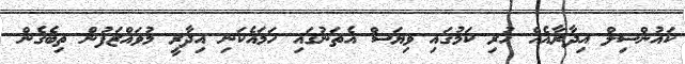
ކައުންސިލް އިދާރާއެއް ހުރި ކަމުގައި ވިޔަސް އެތަނުގައި ހަމައެކަނި އިދާރީ މުވައްޒަފުން ތިބެގެން